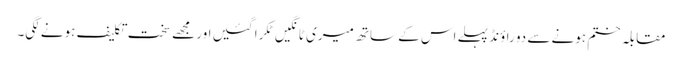
مقابلہ ختم ہونے سے دو راؤنڈ پہلے اس کے ساتھ میری ٹانگیں ٹکرا گئیں اور مجھے سخت تکلیف ہونے لگی۔